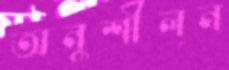
অনুশীলন